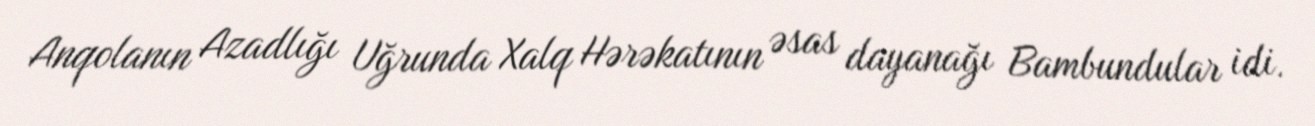
Anqolanın Azadlığı Uğrunda Xalq Hərəkatının əsas dayanağı Bambundular idi.